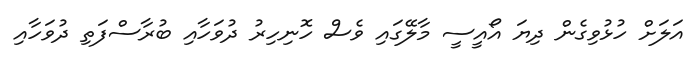
އަލަށް ހުޅުވިގެން ދިޔަ އޯއީސީ މާލޭގައި ވެސް ހޮނިހިރު ދުވަހާއި ބުރާސްފަތި ދުވަހާއި